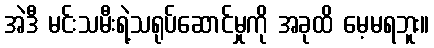
အဲဒီ မင်းသမီးရဲ့သရုပ်ဆောင်မှုကို အခုထိ မေ့မရဘူး။